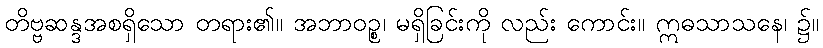
တိဗ္ဗဆန္ဒအစရှိသော တရား၏။ အဘာဝဉ္စ၊ မရှိခြင်းကို လည်း ကောင်း။ ဣဓသာသနေ၊ ၌။